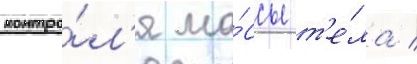
контро́л'я ма́ссы т'е́ла /